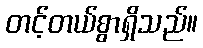
တင့်တယ်စွာရှိသည်။